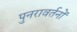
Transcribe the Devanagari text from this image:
पुनरावर्तनों